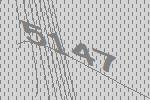
5147